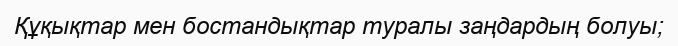
Құқықтар мен бостандықтар туралы заңдардың болуы;